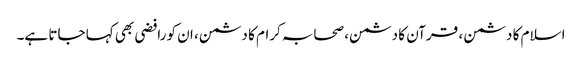
اسلام کا دشمن ، قرآن کا دشمن، صحابہ کرام کا دشمن، ان کو رافضی بھی کہا جاتا ہے۔